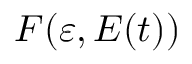
F ( \varepsilon , E ( t ) )